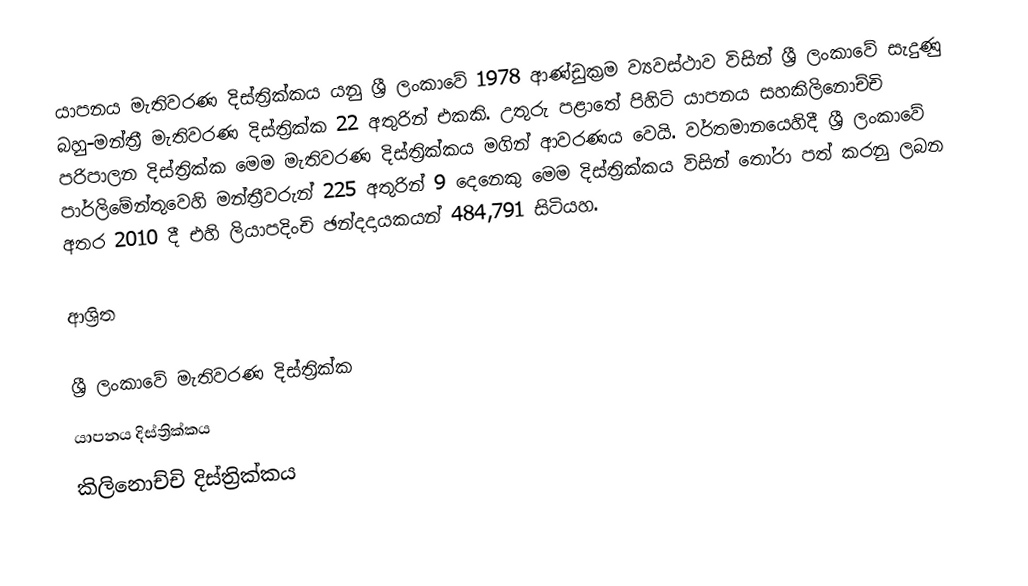
යාපනය මැතිවරණ දිස්ත්‍රික්කය යනු ශ්‍රී ලංකාවේ 1978 ආණ්ඩුක්‍රම ව්‍යවස්ථාව විසින් ශ්‍රී ලංකාවේ සැදුණු  බහු-මන්ත්‍රී මැතිවරණ දිස්ත්‍රික්ක 22 අතුරින් එකකි. උතුරු පළාතේ පිහිටි  යාපනය  සහකිලිනොච්චි    පරිපාලන දිස්ත්‍රික්ක මෙම මැතිවරණ දිස්ත්‍රික්කය මගින් ආවරණය වෙයි. වර්තමානයෙහිදී  ශ්‍රී ලංකාවේ පාර්ලිමේන්තුවෙහි මන්ත්‍රීවරුන් 225 අතුරින් 9 දෙනෙකු මෙම දිස්ත්‍රික්කය විසින් තෝරා පත් කරනු ලබන අතර 2010 දී එහි ලියාපදිංචි ඡන්දදායකයන් 484,791 සිටියහ.

ආශ්‍රිත

ශ්‍රී ලංකාවේ මැතිවරණ දිස්ත්‍රික්ක
යාපනය දිස්ත්‍රික්කය
කිලිනොච්චි දිස්ත්‍රික්කය